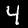
Label: 4